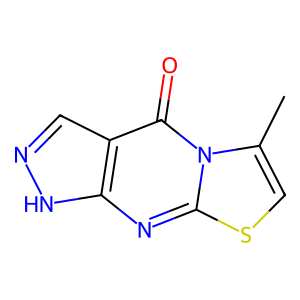
SMILES: Cc1csc2nc3[nH]ncc3c(=O)n12
Inhibits HIV replication: No